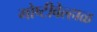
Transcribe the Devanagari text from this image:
गोष्टीवेल्हाळ